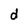
Character: d